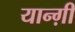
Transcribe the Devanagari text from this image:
यान्ग़ी